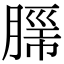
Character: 𮌦